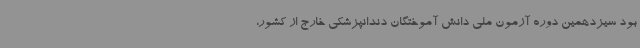
بود سیزدهمین دوره آزمون ملی دانش آموختگان دندانپزشکی خارج از کشور،